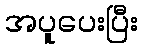
အပူပေးပြီး